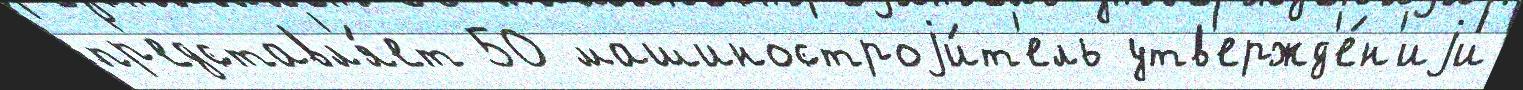
пр'едставл'я́ет 50 машиностроjи́т'ель утв'ержд'е́н'иjи